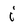
Character: i